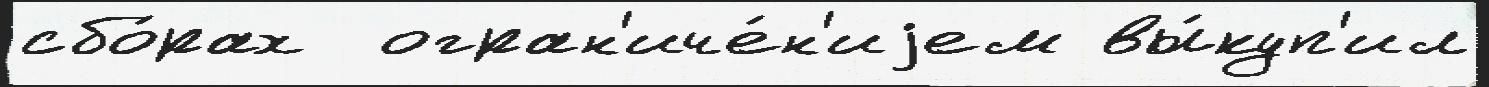
сбо́рах  огран'иче́н'иjем вы́куп'ил